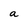
Character: a